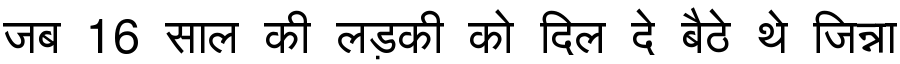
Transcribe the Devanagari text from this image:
जब 16 साल की लड़की को दिल दे बैठे थे जिन्ना